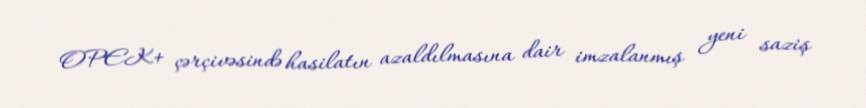
OPEK+ çərçivəsində hasilatın azaldılmasına dair imzalanmış yeni saziş